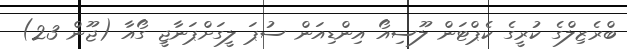
ބްރެޒިލްގެ ކުރީގެ ކެޕްޓަން ލޫސިއޯ އިންޑިއަން ސުޕަ ލީގަށްޕަނާޖީ ގޯއާ (ޖޫން 23)